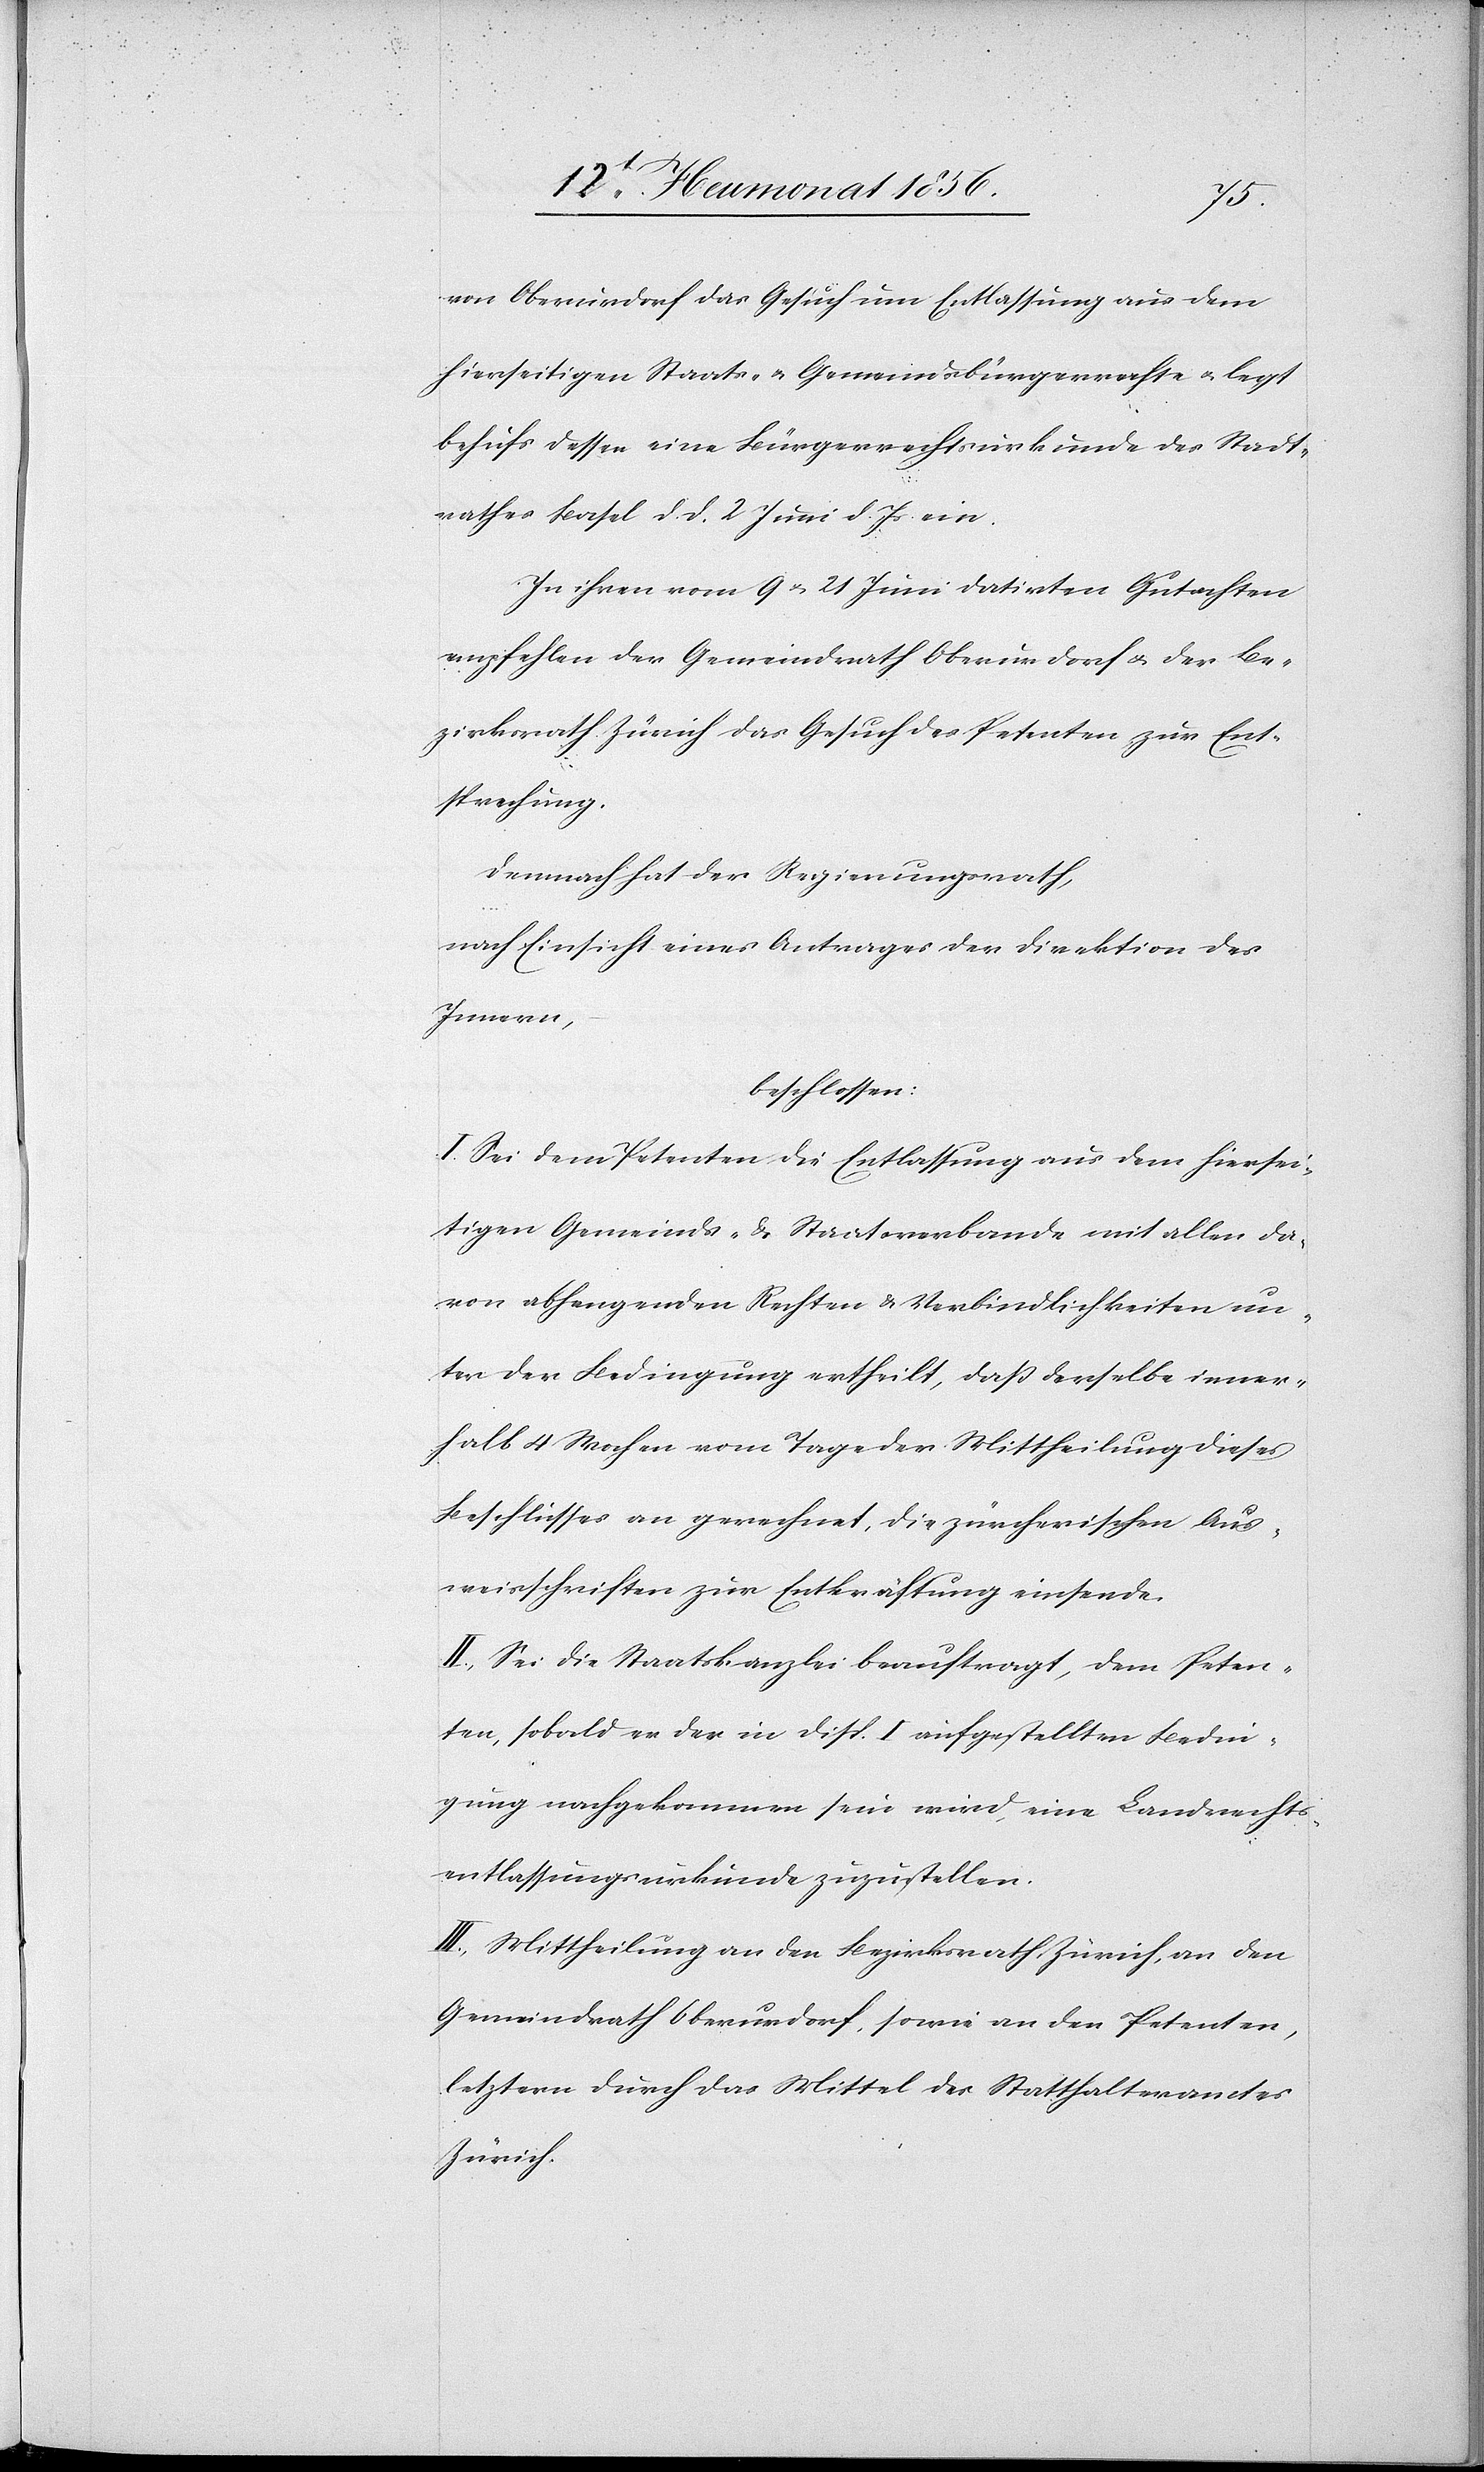
von Oberurdorf das Gesuch um Entlassung aus dem
hierseitigen Staats- & Gemeindsbürgerrechte u. legt
behufs dessen eine Bürgerrechtsurkunde des Stadt¬
rathes Basel d. d. 2 Juni d. Js ein.
In ihren vom 9 u. 21 Juni datirten Gutachten
empfehlen der Gemeindrath Oberurdorf u. der Be¬
zirksrath Zürich das Gesuch des Petenten zur Ent¬
sprechung.
Demnach hat der Regierungsrath,
nach Einsicht eines Antrages der Direktion des
Innern,
beschlossen:
I. Sei dem Petenten die Entlassung aus dem hiersei¬
tigen Gemeinds- & Staatsverbande mit allen da¬
von abhengenden Rechten & Verbindlichkeiten un¬
ter der Bedingung ertheilt, dass derselbe inner¬
halb 4 Wochen vom Tage der Mittheilung dieses
Beschlusses an gerechnet, die zürcherischen Aus¬
weisschriften zur Entkräftung einsende.
II. Sei die Staatskanzlei beauftragt, dem Peten¬
ten, sobald er der in Disp. I aufgestellten Bedin¬
gung nachgekommen sein wird, eine Landrechts¬
entlassungsurkunde zuzustellen.
III. Mittheilung an den Bezirksrath Zürich, an den
Gemeindrath Oberurdorf, sowie an den Petenten,
letztern durch das Mittel des Statthalteramtes
Zürich.